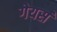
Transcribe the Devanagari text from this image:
गेयर्स